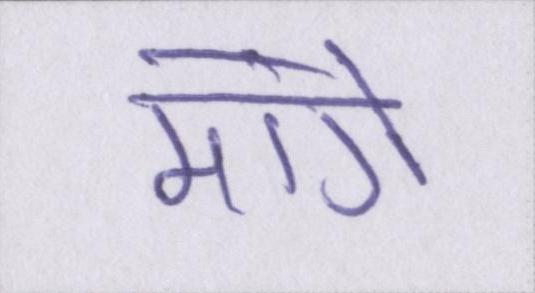
मांगें